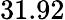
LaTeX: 31.92